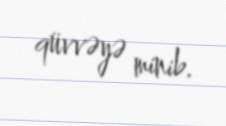
qüvvəyə minib.